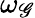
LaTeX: \omega_{\mathscr{G}}